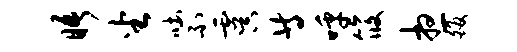
晤坐吐不虞等呼筱想皈